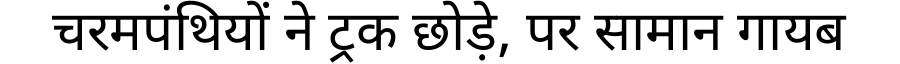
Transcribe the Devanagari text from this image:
चरमपंथियों ने ट्रक छोड़े, पर सामान गायब